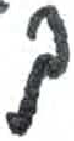
אות: ך